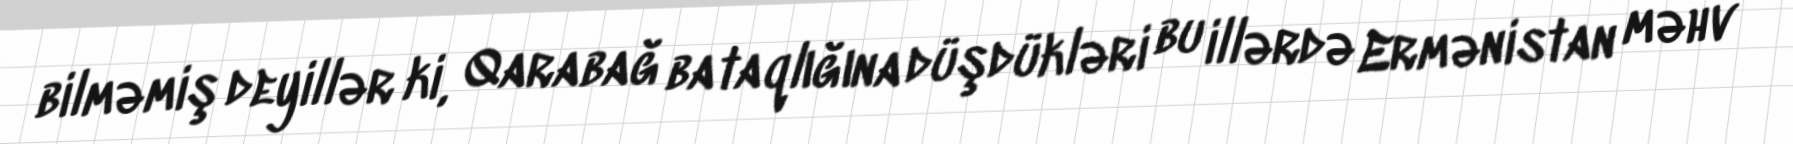
bilməmiş deyillər ki, Qarabağ bataqlığına düşdükləri bu illərdə Ermənistan məhv